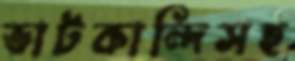
ভাটকান্দিসহ